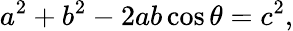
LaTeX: a^{2}+b^{2}-2ab\cos{\theta}=c^{2},